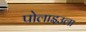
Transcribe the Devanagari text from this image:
पोलाइउला